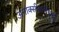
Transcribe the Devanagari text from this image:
अनाक्सीजनीकृत